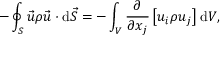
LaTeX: - \oint _ { S } { \vec { u } } \rho { \vec { u } } \cdot \mathrm { d } { \vec { S } } = - \int _ { V } { \frac { \partial } { \partial x _ { j } } } \left[ u _ { i } \rho u _ { j } \right] \mathrm { d } V ,